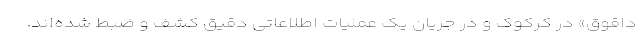
داقوق» در کرکوک و در جریان یک عملیات اطلاعاتی دقیق کشف و ضبط شده‌اند.